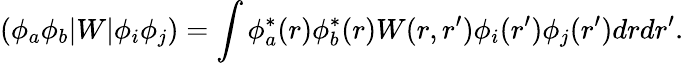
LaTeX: (\phi_{a}\phi_{b}|W|\phi_{i}\phi_{j})=\int\phi_{a}^{*}(r)\phi_{b}^{*}(r)W(r,r^{\prime})\phi_{i}(r^{\prime})\phi_{j}(r^{\prime})drdr^{\prime}.